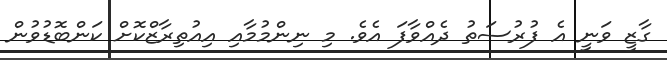
ގާޒީ ވަނީ އެ ފުރުސަތު ދެއްވާފަ އެވެ. މި ނިންމުމާއި އިއުތިރާޒްކޮށް ކަންބޮޑުވުން